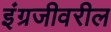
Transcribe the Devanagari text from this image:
इंग्रजीवरील